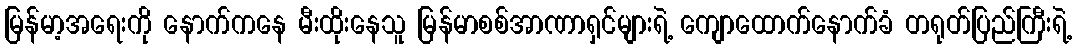
မြန်မာ့အရေးကို နောက်ကနေ မီးထိုးနေသူ မြန်မာစစ်အာဏာရှင်များရဲ့ ကျောထောက်နောက်ခံ တရုတ်ပြည်ကြီးရဲ့